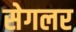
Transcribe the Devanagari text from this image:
सेगलर